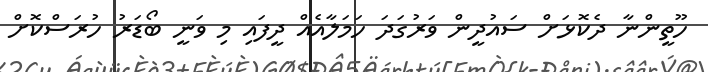
ހޫތީންނާ ދެކޮޅަށް ސައުދީން ވަރުގަދަ ހަމަލާއެއް ދީފައި މި ވަނީ ބޯޑަރު ހުރަސްކޮށް